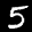
Label: 5